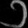
Digit: ၁